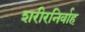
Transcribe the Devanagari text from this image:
शरीरनिर्वाह